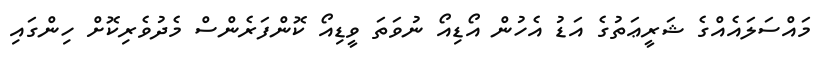
މައްސަލައެއްގެ ޝަރީޢަތުގެ އަޑު އެހުން އޯޑިއޯ ނުވަތަ ވީޑިއޯ ކޮންފަރެންސް މެދުވެރިކޮށް ހިންގައި